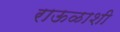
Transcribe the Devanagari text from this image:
राऊळाशी